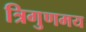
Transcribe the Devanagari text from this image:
त्रिगुणमय